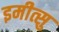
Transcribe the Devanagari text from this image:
इमीत्सु